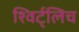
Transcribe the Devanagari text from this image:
श्विर्ट्लिच